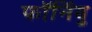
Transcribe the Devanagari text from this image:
फॉर्नियु